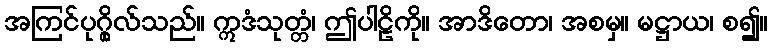
အကြင်ပုဂ္ဂိုလ်သည်။ ဣဒံသုတ္တံ၊ ဤပါဠိကို။ အာဒိတော၊ အစမှ။ မဋ္ဌာယ၊ စ၍။